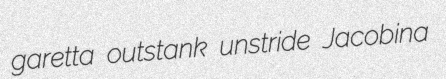
garetta outstank unstride Jacobina